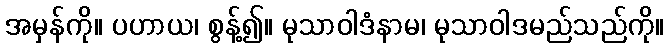
အမှန်ကို။ ပဟာယ၊ စွန့်၍။ မုသာဝါဒံနာမ၊ မုသာဝါဒမည်သည်ကို။